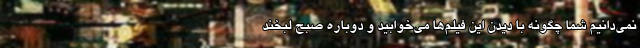
نمی‌دانیم شما چگونه با دیدن این فیلم‌ها می‌خوابید و دوباره صبح لبخند